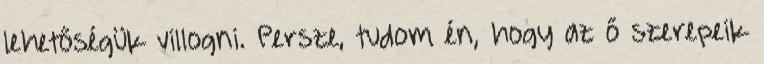
lehetőségük villogni. Persze, tudom én, hogy az ő szerepeik